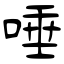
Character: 唾